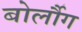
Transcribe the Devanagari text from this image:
बोर्लौग